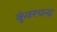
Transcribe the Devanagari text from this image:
कुंवरचन्द्र